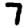
Digit: 7